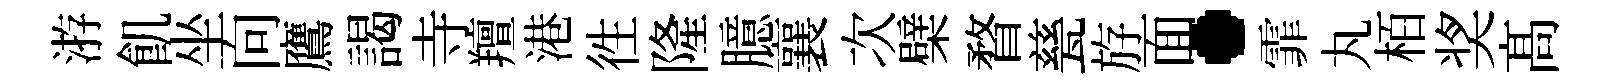
㳺飢坐向鷹謁寺羶港徃隆臆襄次檗瞀甆斿面·霏丸栢奖髙